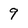
Character: 9